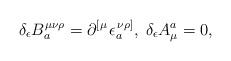
LaTeX: \begin{align*}\delta _\epsilon B_a^{\mu \nu \rho }=\partial _{}^{\left[ \mu\right. }\epsilon _a^{\left. \nu \rho \right] },\;\delta _\epsilon A_\mu^a=0,\end{align*}